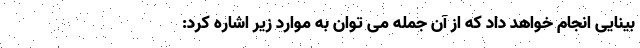
بینایی انجام خواهد داد که از آن جمله می توان به موارد زیر اشاره کرد: